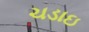
ચડાઇ